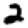
Digit: 2